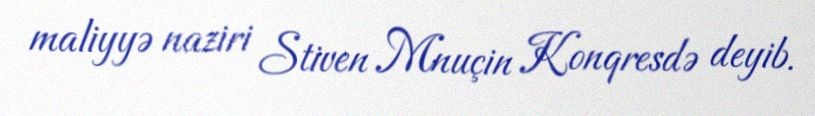
maliyyə naziri Stiven Mnuçin Konqresdə deyib.